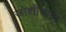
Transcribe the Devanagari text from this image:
जोशीयारा